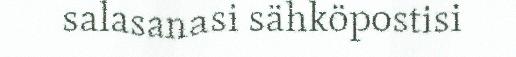
salasanasi sähköpostisi